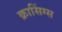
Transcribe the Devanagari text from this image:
क्रासिंग्स